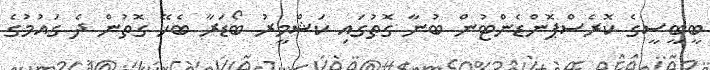
ބީބީސީގެ ކޮރެސްޕޮންޑެންޓުން ބުނާ ގޮތުގައި ކަޝްމީރު ބޯޑަރާ ބެހޭ ގޮތުން ދެ ގައުމުގެ